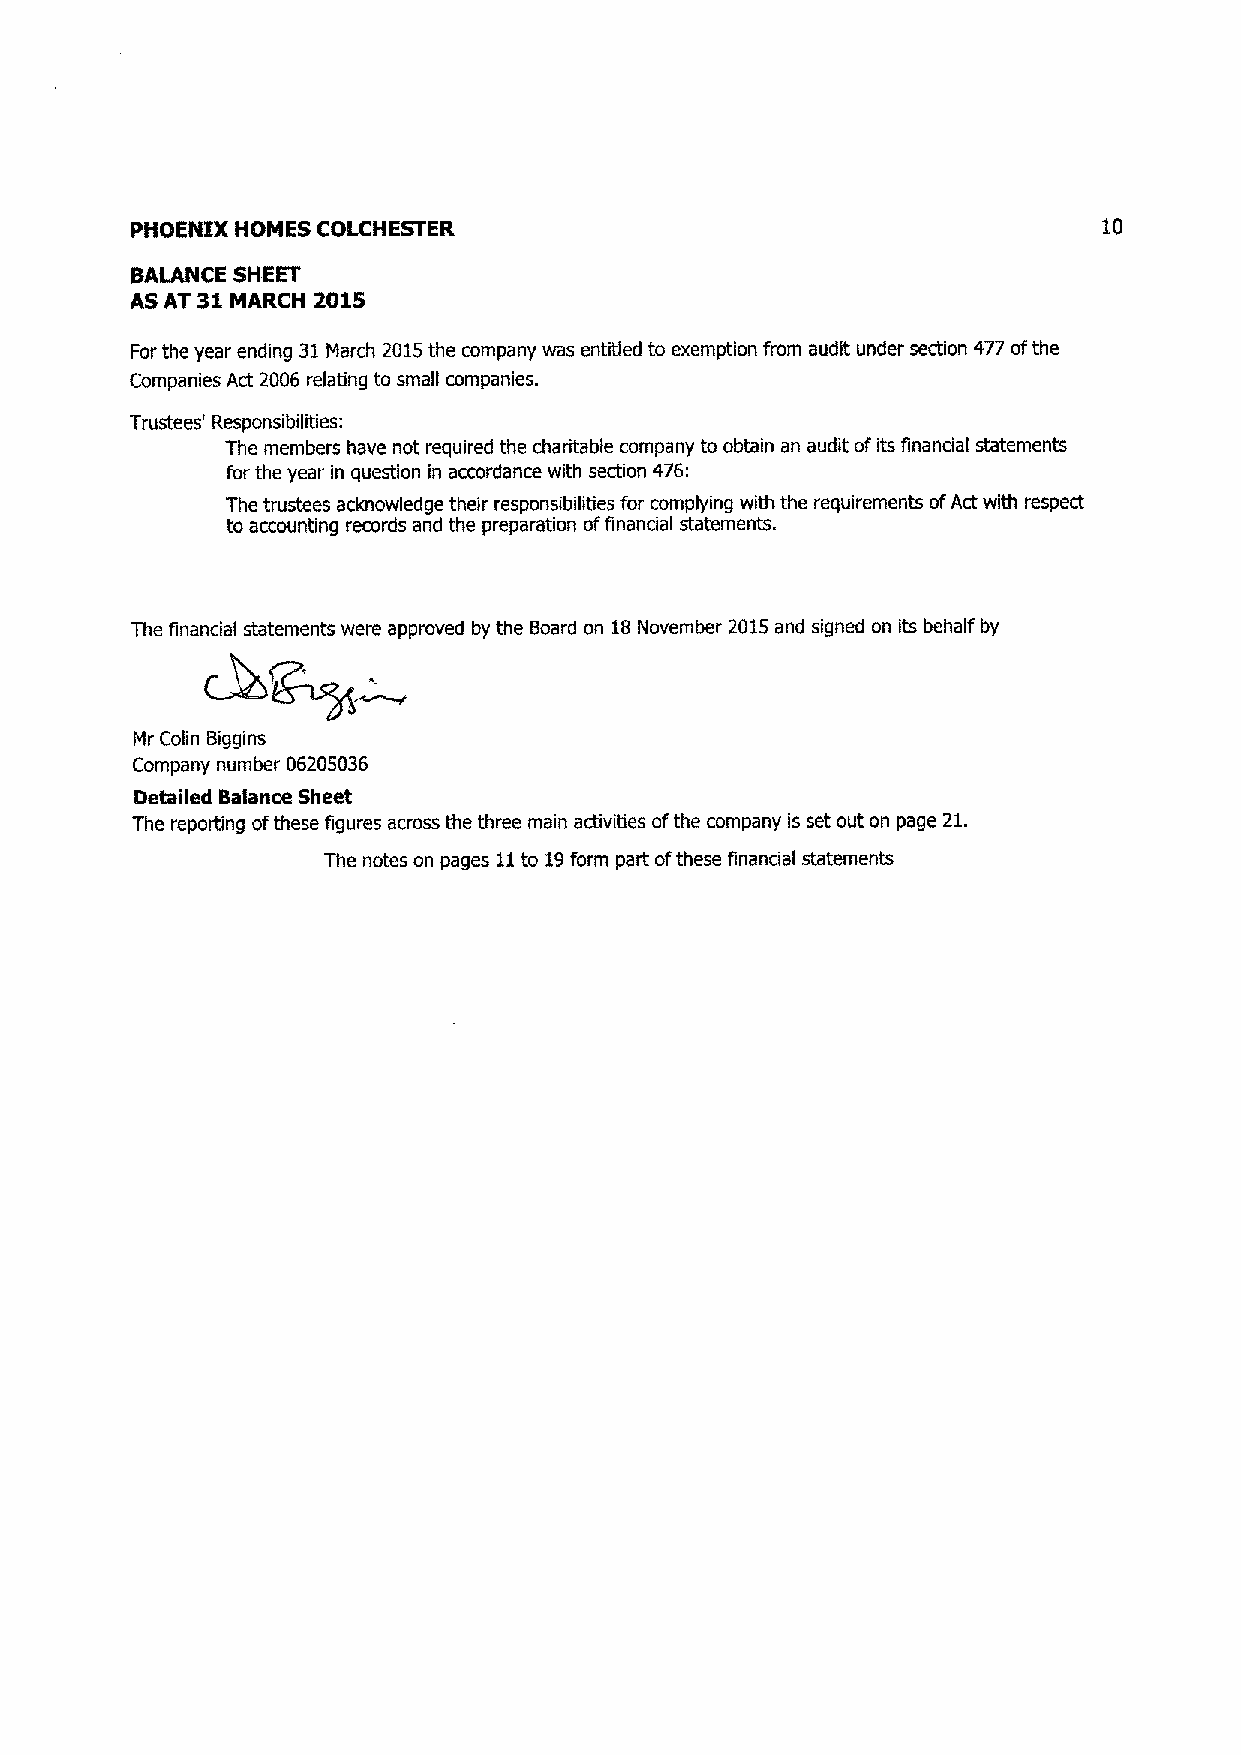
PHOENIX HOMES COLCHESTER                                        10
 BALANCE SHEET
 AS AT 31 MARCH 2015
 For the year ending 31 March 2015 the company was entitled to exemption from audit under section 477 of the
 Companies Act 2006 relating to small companies.
 Trustees' Responsibilities:
 The members have not required the charitable company to obtain an audit of its financial statements
 for the year in question in aaordance with section 476:
 The trustees acknowledge their responsibilities for complying with. the requirements of Act with respect
 to accounting records and the preparation of financial statements.
 The financial statements were approved by the Board on 18 November 2015 and signed on its behalf by
 Mr Colin Biggins
 Company number 06205036
 Detailed Balance Sheet
 The reporting of these figures across the three main activities of the company is set out on page 21.
 The notes on pages 11 to 19 form part of these financial statements